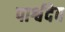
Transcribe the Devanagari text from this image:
पार्श्वदेव